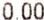
0.00